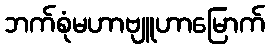
ဘက်စုံမဟာဗျူဟာမြောက်